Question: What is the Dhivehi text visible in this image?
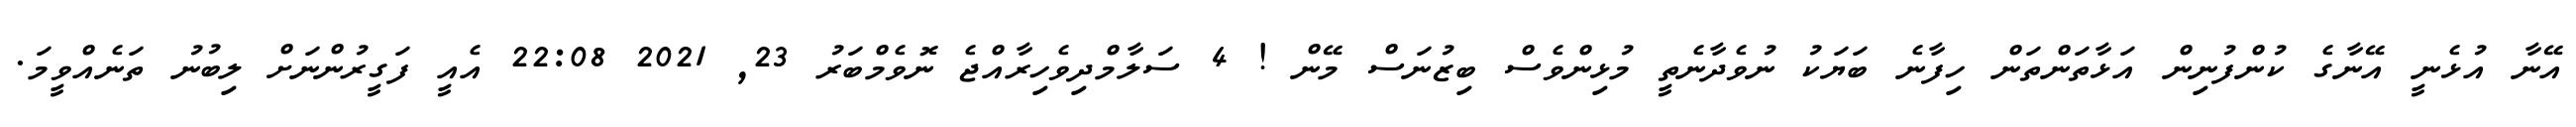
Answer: އޭނާ އުޅެނީ އޭނާގެ ކުންފުނިން އަޅާތަންތަން ހިފާނެ ބަޔަކު ނުވެދާނެތީ މުޅިންވެސް ބިޒުނަސް މޭން ! 4 ސަލާމްދިވެހިރާއްޖެ ނޮވެމްބަރު 23, 2021 22:08 އެއީ ފަގީރުންނަށް ލިބުނު ތަނެއްވީމަ.